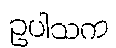
ဥပါသက